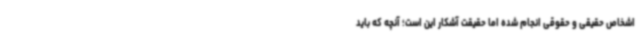
اشخاص حقیقی و حقوقی انجام شده اما حقیقت آشکار این است؛ آنچه که باید